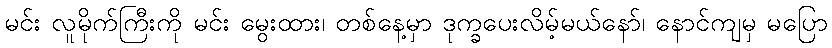
မင်း လူမိုက်ကြီးကို မင်း မွေးထား၊ တစ်နေ့မှာ ဒုက္ခပေးလိမ့်မယ်နော်၊ နောင်ကျမှ မပြော